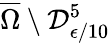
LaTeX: \overline{{\Omega}}\setminus\mathcal{D}_{\epsilon/10}^{5}